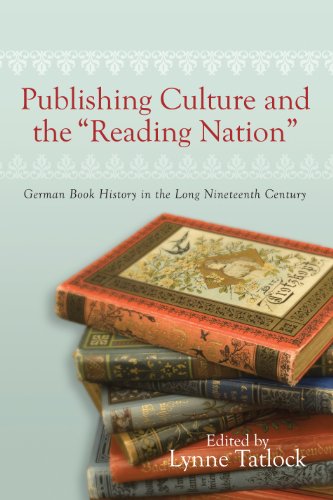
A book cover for Publishing Culture and the Reading Nation: German Book History in the Long Nineteenth Century (Studies in German Literature Linguistics and Culture); Business & Money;